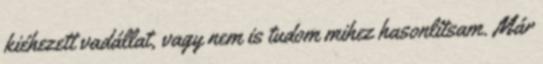
kiéhezett vadállat, vagy nem is tudom mihez hasonlítsam. Már